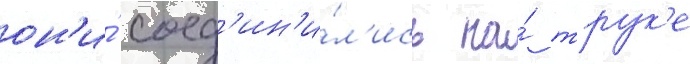
он'и́ соед'ин'и́л'ись на́ трук'е